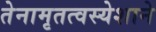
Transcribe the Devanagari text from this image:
तेनामृतत्वस्येशाने